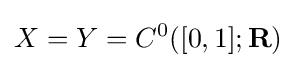
X=Y=C^{0}([0,1];\mathbf {R} )